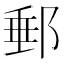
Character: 郵